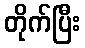
တိုက်ပြီး